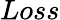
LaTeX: Loss